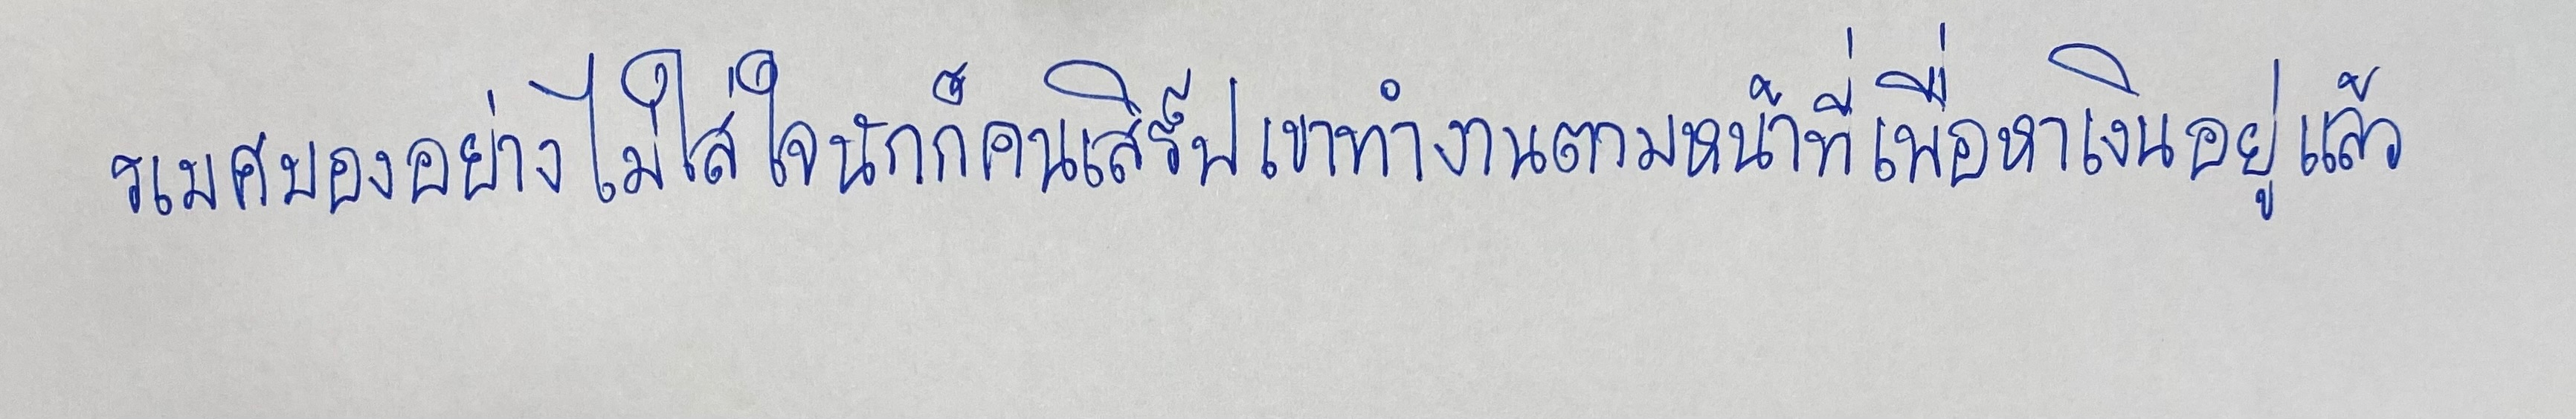
รเมศมองอย่างไม่ใส่ใจนักก็คนเสิร์ฟเขาทำงานตามหน้าที่เพื่อหาเงินอยู่แล้ว